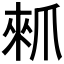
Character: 𰠁